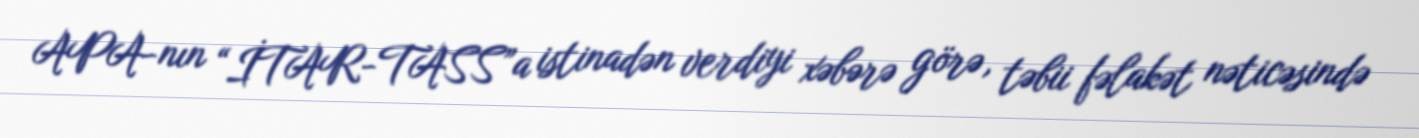
APA-nın “İTAR-TASS”a istinadən verdiyi xəbərə görə, təbii fəlakət nəticəsində